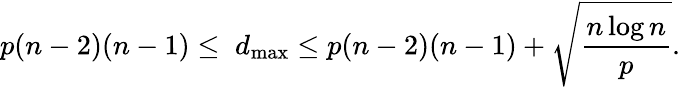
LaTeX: p(n-2)(n-1)\leq\; d_{\operatorname*{max}}\leq p(n-2)(n-1)+\sqrt{\frac{n\log n}{p}}.